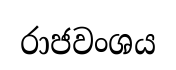
රාජවංශය